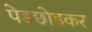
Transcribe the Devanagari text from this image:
पेड़छोड़कर